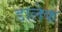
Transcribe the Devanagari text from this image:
डालेक